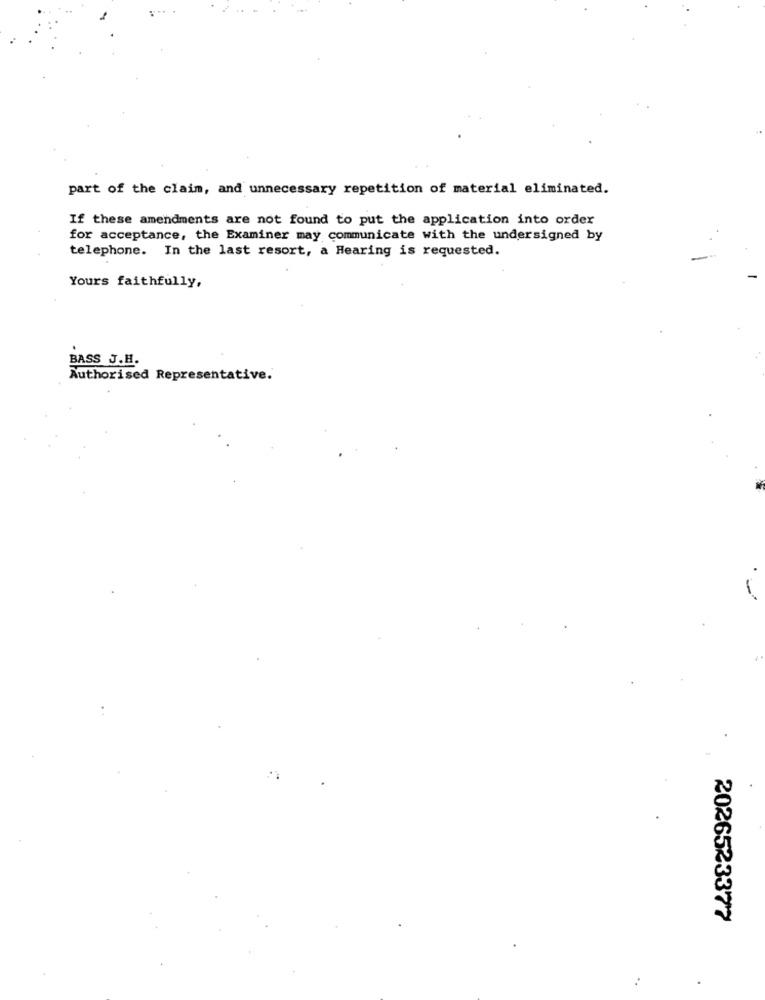
part of the claim, and unnecessary repetition of material eliminated.
If these amendments are not found to put the application into order
for acceptance, the Examiner may communicate with the undersigned by
telephone. In the last resort, a Hearing is requested.
Yours faithfully,
BASS J.H.
Authorised Representative.
2026523377